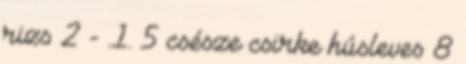
rizs 2 - .1. 5 csésze csirke húsleves 8